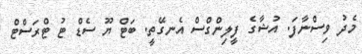
މެދު ވިސްނާފަ. އުޝާގެ ފީލިންގްސް އެނގޭތީ. ބަޓް ޔޫ ސެޑް ޓު ޓްރަސްޓް